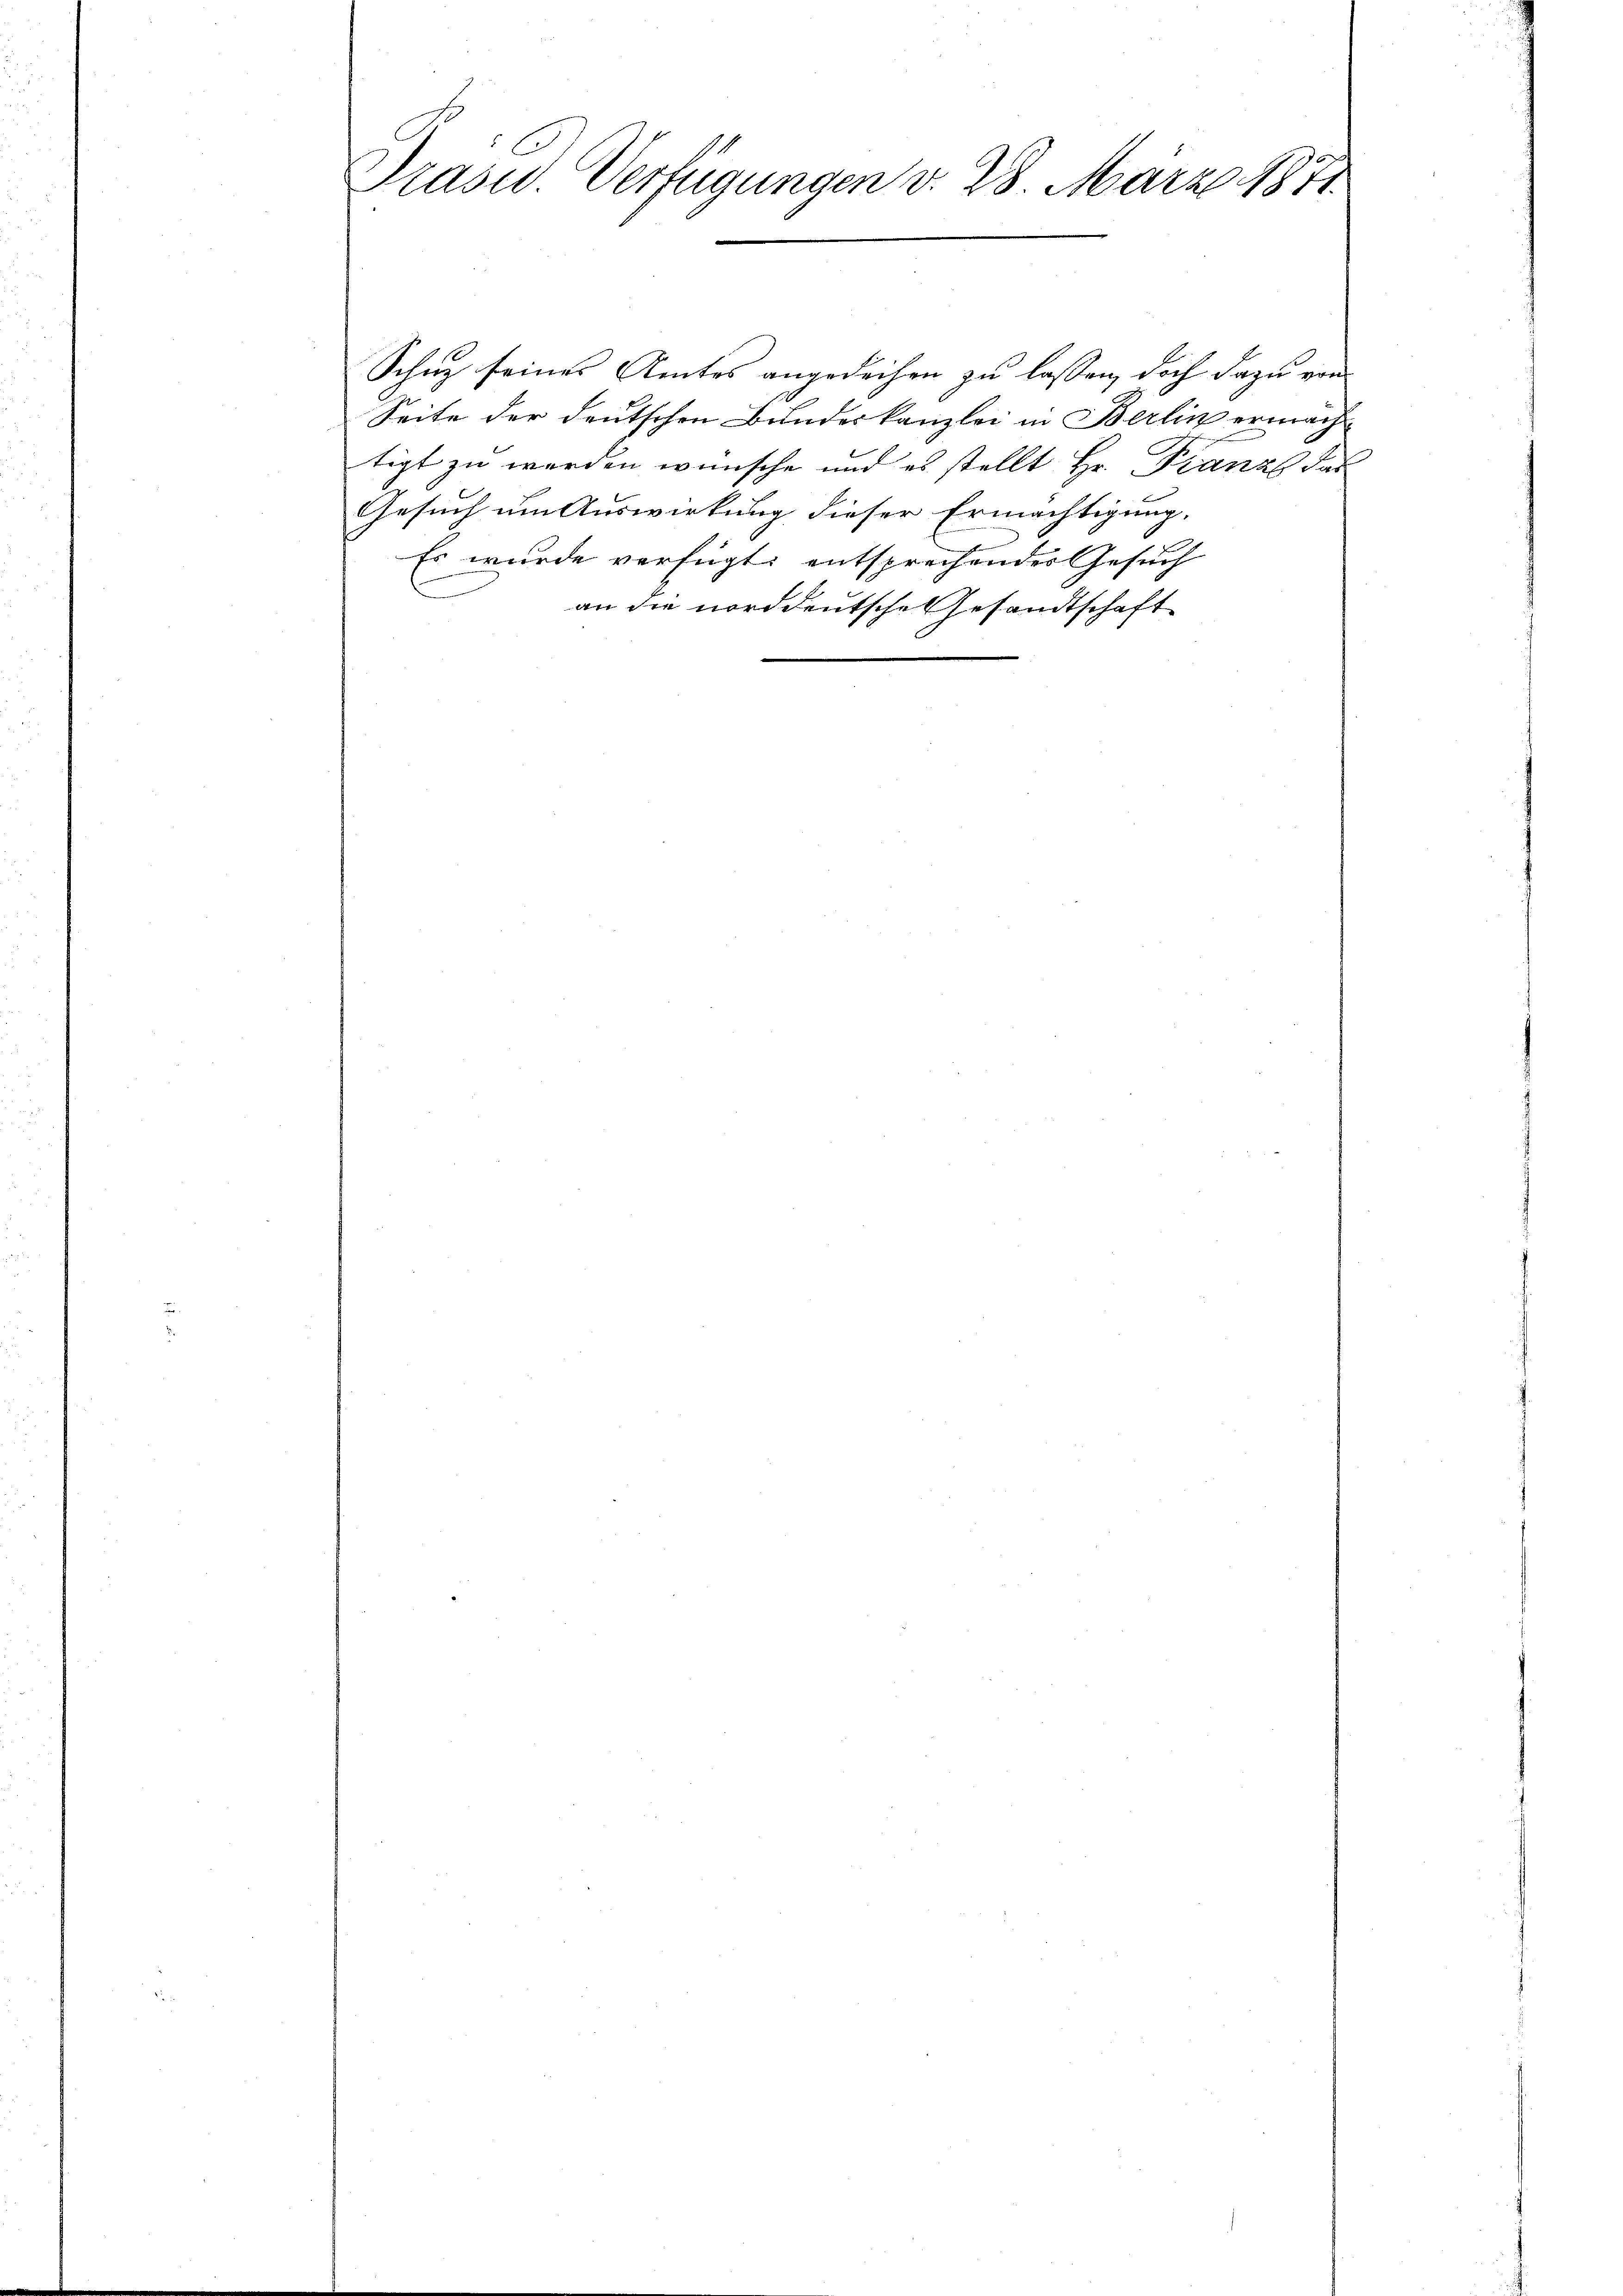
l
Präsid. Verfügungen v. 28. März 1871

Schuz seines Amtes angedeihen zu lassen, doch dazu von
Seite der deutschen Bundeskanzlei in Berlin ermacht
tigt zu werden wünsche und es stellt Hr. Franz das
Gesuch um Auswirkung dieser Ermächtigung,
Es wurde verfügt: entsprechender Gesuch
an die norddeutsche Gesandtschaft